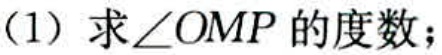
(1) 求\(\angle OMP\)的度数；